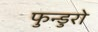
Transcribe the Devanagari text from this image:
फुन्डुरो